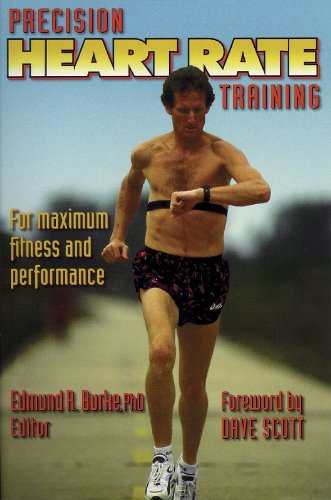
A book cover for Precision Heart Rate Training; Health, Fitness & Dieting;